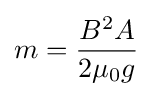
m={{B^{2}A} \over {2\mu _{0}g}}